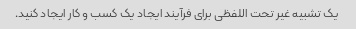
یک تشبیه غیر تحت اللفظی برای فرآیند ایجاد یک کسب و کار ایجاد کنید.